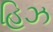
હિઝ